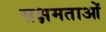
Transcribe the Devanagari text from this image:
सक्षमताओं